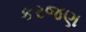
કરજણ